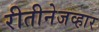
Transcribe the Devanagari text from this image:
रीतीनेजव्हार